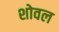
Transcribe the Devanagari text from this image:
शोवल